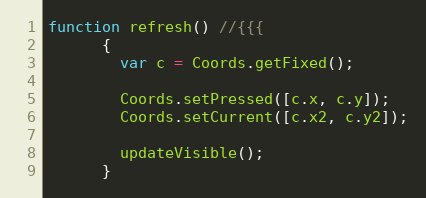
Language: JavaScript
function refresh() //{{{
      {
        var c = Coords.getFixed();

        Coords.setPressed([c.x, c.y]);
        Coords.setCurrent([c.x2, c.y2]);

        updateVisible();
      }